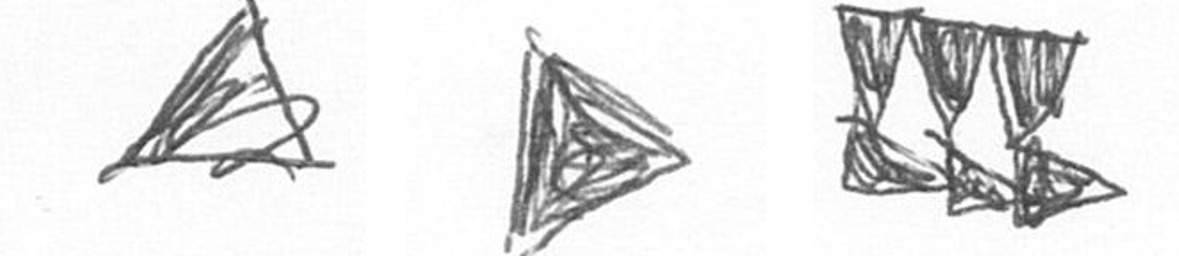
O T D